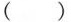
()